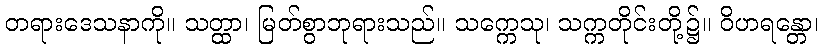
တရားဒေသနာကို။ သတ္ထာ၊ မြတ်စွာဘုရားသည်။ သက္ကေသု၊ သက္ကတိုင်းတို့၌။ ဝိဟရန္တော၊